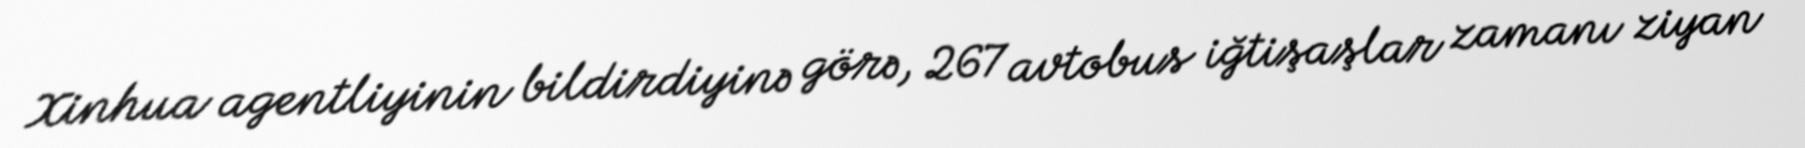
Xinhua agentliyinin bildirdiyinə görə, 267 avtobus iğtişaşlar zamanı ziyan